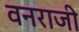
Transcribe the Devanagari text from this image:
वनराजी